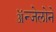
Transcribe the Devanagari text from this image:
ॲन्जेलोने